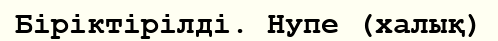
Біріктірілді. Нупе (халық)